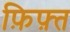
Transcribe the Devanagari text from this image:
फ़िफ़्त